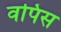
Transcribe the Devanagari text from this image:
वपिस